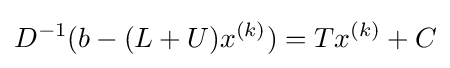
D^{-1}(b-(L+U)x^{(k)})=Tx^{(k)}+C